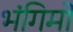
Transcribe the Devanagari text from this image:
भंगिमों